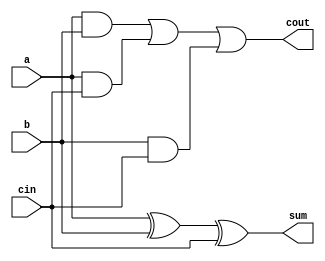
module full_adder(a, b, cin, sum, cout);
input  a,   b,   cin;
output reg sum, cout;
assign cout = (a&b) | (a&cin) | (b&cin);
assign sum = a ^ b ^ cin;
endmodule